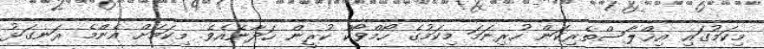
މިކަމުގައި އިޚްލާސްތެރިކަން ހުރިނަމަ މިކަމުގެ ހޯމްވޯކް ކުރީން ހަދާނެއެވެ. މިކަމަށް އެންމެ ރަނގަޅު